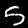
Digit: 5